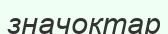
значоктар